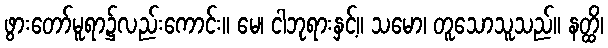
ဖွားတော်မူရာ၌လည်းကောင်း။ မေ၊ ငါဘုရားနှင့်။ သမော၊ တူသောသူသည်။ နတ္ထိ၊